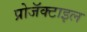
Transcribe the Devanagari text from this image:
प्रोजॅक्टाइल